Annual report on the working of the lock hospitals in the North-Western Provinces and Oudh
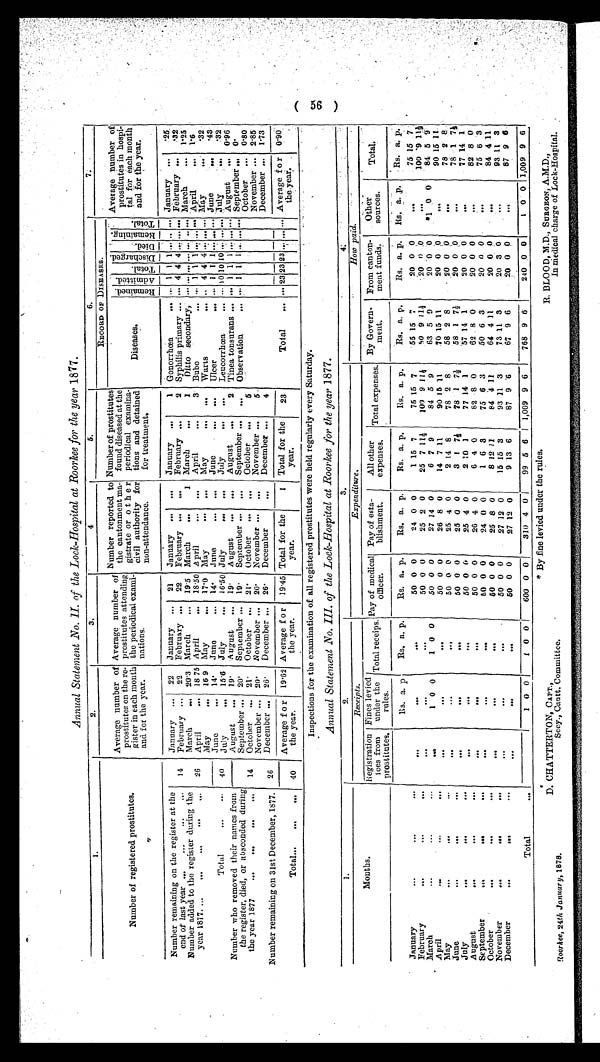
Annual Statement No. II. of the Lock-Hospital at Roorkee for the year 1877.
1.
2.
3,
4
5.
6.
7.
Number of registered prostitutes .
Average number of
prostitutes on the re-
gister in each month
and for the y
ear.
Average number of
prostitutes attending
the periodical exami-
nations.
Number reported to
the cantonment ma-
gistrate or other
civil authority for
non-attendance.
Number of prostitutes
found diseased at the
periodical examina-
tions and detained
for treatment.
RECORD OF DISEASES.
Average number of
prostitutes in hospi-
ta1 for each month
and for the year.
Diseases.
R e m a i n e d . A d m i t t e d . T o t a l . D i s c h a r g e d . D i e d . R e m a i n i n g . T o t a l .
Number remaining on the register at the
end of last year ... ...
. . .
. . .
January ... 22 January ... 21 January ... . . . January ...
1 Gonorrhœa . . . ... 1 1 1 ... ... ... January ... .25
14 February ... 22 February ... 22 February ... ... February ... 2 Syphilis primary ... ... 4 4 4 ... ... ... February ... .32
Number added to the register during the
year 1817 ... . . .
. . .
. . .
. . .
March ... 20.3 March ... 19.5 March ...
1 March ...
1 Ditto secondary, ... . . . . . .
...
. . . . . . . . . March ... 1.25
26 April
... 18.75 April
... 18.50 April
...
. . . April
... 3 Bubo
. . . ... 1 1 1 ... . . . ... April
... l.6
May
... 16.9 May
... 17.0 May
... ... May
... . . . Warts
. . . . . 4 4 4 ...... ... May
... .32
June
... 14. Juno
... 14. June
...
. . . June
... . . . Ulcer
. . . . . . 1 1 1 ..... ... June
...
. 4 3
Total
. . .
. . . 40 July
... 15.6 July ... 16.50 July ... . . . July
... ... Leucorrhœa
... . . . 10 10 10 . . . . . . ... July
... .32
Number who removed their names from
the register, died, or absconded during
the year 1877 . . . ... ... ...
August
...
19. August ... 19. August ... . . . August ...
2 Tinea tonsurans ... ... 1 1 1 . . . . . . ... August ... 0. 96
September ... 20. September ... 19. September ... ... September ... ... Observation
... ... 1 1 1 ...... ... September
...
0.
14 October ... 21. October ... 21. October ... . . . October ...
5
October ... 0.80
November ... 20. November ... 20. November ... . . . November ...
5
November ... 2.85
Number remaining on 31st December, 1877. 26 December ... 26. December
...
26. December
... December ...
4
December ... 1.73
Total...
. . .
. . . 40
Average fo
r the year.
19.62 Average for
the year.
19.45 Total for the
year.
1 Total for the
year.
23
Total ... ... 23 23 23 . . . . . . ... Average for
the year.
0.90
Inspections for the examination of all registered prostitutes were held regularly every Saturday.
Annual Statement No. III. of the Lock-Hospital at Roorkee for the year1 8 7 7 .
1.
2.
3.
4
Months.
Receipts.
Expenditure.
How paid.
Registration
fees from
prostitutes.
Fines levied
under the
rules
Total receips. Pay of medical
officer.
Pay of esta-
blishment.
All other
expenses. Total expenses. By Govern
-ment.
From canton-
ment funds.
Other
sources.
Total.
Rs. a. p Rs. a. p. Rs. a. p
Rs. a. p. Rs. a. p.
Rs. a. p.
Rs. a. p.
Rs. a. p.
R s . a. p. Rs. a. p.
January
...
...
. . .
. . .
. . .
. . . 50 0 0
24 0 0
1 15 7
75 15 7
55 15 7
20 0 0
. . .
75 15 7
February
...
...
...
. . .
. . .
. . . 50 0 0
25
5
0
2 0
25 7 11½ 100 9 11½
6 0 9 11½
20 0 0
. . .
100 9 11½
March
...
...
. . .
. . .
1 0 0
1 0 0
50 0 0
27 14 0
6 7 9
84 5 9
63 5 9
20 0 0
. 1 0 0 84 5 9
April
...
...
. . .
. . .
. . .
. . . 50 0 0
26 8 0
14 7 11
90 15 11
70 15 11
20 0 0
. . .
90 15 11
May
...
. . .
. . .
. . .
. . .
. . . 50 0 0
25 4 0
2 14 8
78 2 8
58 2 8
20 0 0
. . .
78 2 8
June
... ...
...
...
. . .
. . . 50 0 0
25 0 0
3 1 7½ 78 1 7½ 58 1 7½
20 0 0
. . .
78 1 7½
July
...
. . .
. . .
...
. . . 50 0 0
25 4 0
2 10 1
77 14 1
57 14 1
20 0 0
...
77 14 1
August
...
...
. . .
. . .
. . . 50 0 0
26 4 0
6 4 0
82 8 0
62 8 0
20 0 0
. . .
82 8 0
September
...
...
. . .
. . .
. . .
. . . 50 0 0
24 0 0
1 6 3
75 6 3
50 6 3
20 0 0
. . .
75 6 3
October
...
...
. . .
. . .
. . . ...
50 0 0
25 8 0
8 12 11
84 4 11
64 4 11
20 0 0
. . .
84 4 11
November
...
...
. . .
. . .
. . .
. . . 50 0 0
27 12 0
15 15 3
93 11 3
73 11 3
20 3 0
...
93 11 3
December
...
...
...
. . .
. . .
. . . 50 0 0
27 12 0
9 13 6
87 9 6
67 9 6
20 0 0
. . .
87 9 6
Total
. . .
1 0 0 1 0 0 600 0 0
310 4 0
99 5 6 1,009 9 6
768 9 6
240 0 0
1 0 0 1,009 9 6
Roorkee, 24th January, 1878.
D. CHATTERTON, CAPT. ,
Secy., Cantt. Committee.
* By fine levied under the rules.
R. BLOOD, M.D., SURGEON, A.M.D.,
In medical charge of Lock-Hospital.